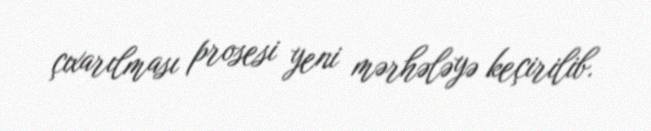
çıxarılması prosesi yeni mərhələyə keçirilib.